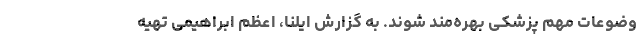
وضوعات مهم پزشکی بهره‌مند شوند. به گزارش ایلنا، اعظم ابراهیمی تهیه